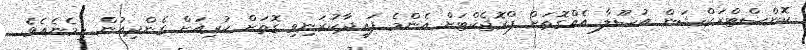
ކޮންސްޓްރަކްޝަން އުސޫލާ އެއްގޮތަށް ޕްރޮޖެކްޓަށް އެންމެ ފައިދާކުރަނިވި ގޮތަށް ކުރިއަށް ގެންދިއުން ހިމެނެއެވެ.